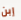
إبن